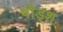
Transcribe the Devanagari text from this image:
षोड्श